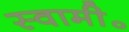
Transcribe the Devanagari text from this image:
स्वामी॰